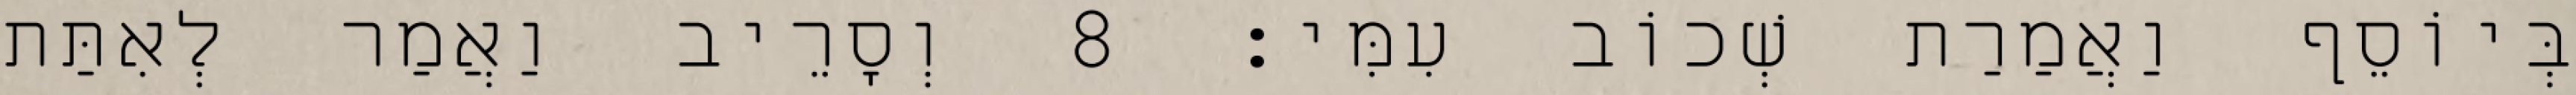
בְּיוֹסֵף וַאֲמַרַת שְׁכוֹב עִמִּי׃ 8 וְסָרֵיב וַאֲמַר לְאִתַּת